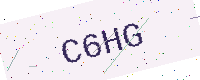
Text: C6HG